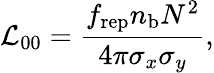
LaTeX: \mathcal{L}_{00}=\frac{f_{\mathrm{rep}}n_{\mathrm{b}}N^{2}}{4\pi\sigma_{x}\sigma_{y}},